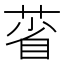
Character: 𦳗